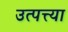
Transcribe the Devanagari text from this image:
उत्पत्त्या